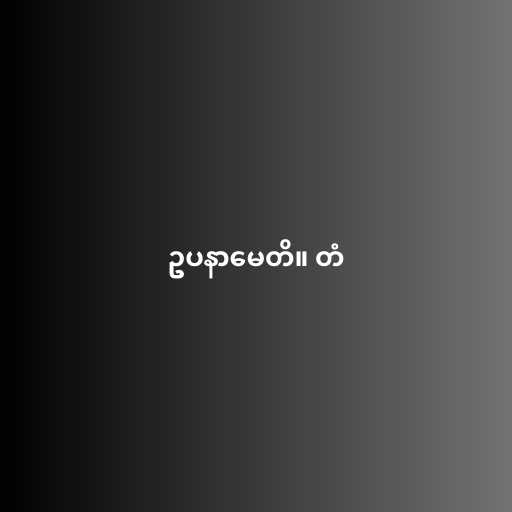
ဥပနာမေတိ။ တံ